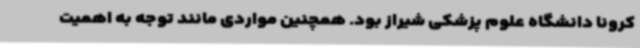
کرونا دانشگاه علوم پزشکی شیراز بود. همچنین مواردی مانند توجه به اهمیت